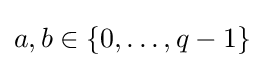
a,b\in \{0,\ldots ,q-1\}